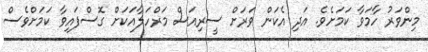
މިންވަރު ހާމަވާ ކަމަށެވެ. އަދި އެކަން ވަރަށް ސީރިއަސް މަރްހަލާއަކަށް ގޮސްފައިވާ ކަމަށްވެސް